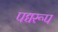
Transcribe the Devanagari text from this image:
पद्यरूप